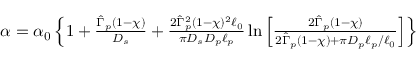
\begin{array} { r } { \alpha = \alpha _ { 0 } \left\{ 1 + \frac { \hat { \Gamma } _ { p } ( 1 - \chi ) } { D _ { s } } + \frac { 2 \hat { \Gamma } _ { p } ^ { 2 } ( 1 - \chi ) ^ { 2 } \ell _ { 0 } } { \pi D _ { s } D _ { p } \ell _ { p } } \ln \left[ \frac { 2 \hat { \Gamma } _ { p } ( 1 - \chi ) } { 2 \hat { \Gamma } _ { p } ( 1 - \chi ) + \pi D _ { p } \ell _ { p } / \ell _ { 0 } } \right] \right\} } \end{array}